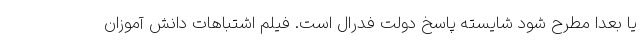
یا بعدا مطرح شود شایسته پاسخ دولت فدرال است. فیلم اشتباهات دانش آموزان